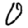
Digit: 0